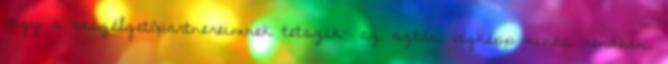
vagy a beszélgetőpartnereimnek tetszik- az aztán végképp nincs rendben.